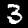
Digit: 3